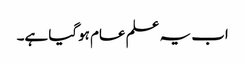
اب یہ علم عام ہوگیا ہے۔